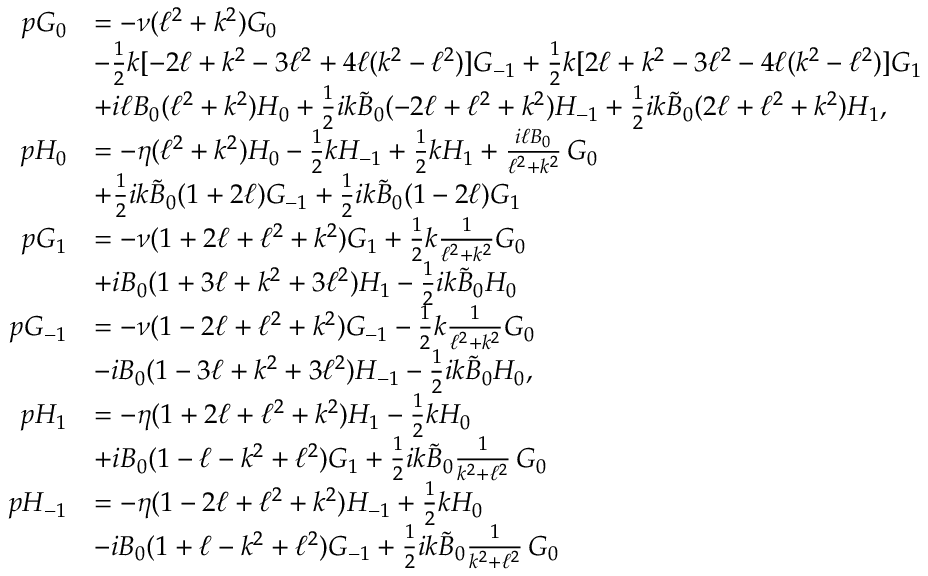
\begin{array} { r l } { p G _ { 0 } } & { = - \nu ( \ell ^ { 2 } + k ^ { 2 } ) G _ { 0 } } \\ & { - \frac { 1 } { 2 } { k } [ - 2 \ell + k ^ { 2 } - 3 \ell ^ { 2 } + 4 \ell ( k ^ { 2 } - \ell ^ { 2 } ) ] G _ { - 1 } + \frac { 1 } { 2 } { k } [ 2 \ell + k ^ { 2 } - 3 \ell ^ { 2 } - 4 \ell ( k ^ { 2 } - \ell ^ { 2 } ) ] G _ { 1 } } \\ & { + i \ell B _ { 0 } ( \ell ^ { 2 } + k ^ { 2 } ) H _ { 0 } + \frac { 1 } { 2 } i k \tilde { B } _ { 0 } ( - 2 \ell + \ell ^ { 2 } + k ^ { 2 } ) H _ { - 1 } + \frac { 1 } { 2 } i k \tilde { B } _ { 0 } ( 2 \ell + \ell ^ { 2 } + k ^ { 2 } ) H _ { 1 } , } \\ { p H _ { 0 } } & { = - \eta ( \ell ^ { 2 } + k ^ { 2 } ) H _ { 0 } - \frac { 1 } { 2 } { k } H _ { - 1 } + \frac { 1 } { 2 } { k } H _ { 1 } + \frac { i \ell B _ { 0 } } { \ell ^ { 2 } + k ^ { 2 } } \, G _ { 0 } } \\ & { + \frac { 1 } { 2 } i k \tilde { B } _ { 0 } ( 1 + 2 \ell ) G _ { - 1 } + \frac { 1 } { 2 } i k \tilde { B } _ { 0 } ( 1 - 2 \ell ) G _ { 1 } } \\ { p G _ { 1 } } & { = - \nu ( 1 + 2 \ell + \ell ^ { 2 } + k ^ { 2 } ) G _ { 1 } + \frac { 1 } { 2 } { k } \frac { 1 } { \ell ^ { 2 } + k ^ { 2 } } G _ { 0 } } \\ & { + i B _ { 0 } ( 1 + 3 \ell + k ^ { 2 } + 3 \ell ^ { 2 } ) H _ { 1 } - \frac { 1 } { 2 } i k \tilde { B } _ { 0 } H _ { 0 } } \\ { p G _ { - 1 } } & { = - \nu ( 1 - 2 \ell + \ell ^ { 2 } + k ^ { 2 } ) G _ { - 1 } - \frac { 1 } { 2 } { k } \frac { 1 } { \ell ^ { 2 } + k ^ { 2 } } G _ { 0 } } \\ & { - i B _ { 0 } ( 1 - 3 \ell + k ^ { 2 } + 3 \ell ^ { 2 } ) H _ { - 1 } - \frac { 1 } { 2 } i k \tilde { B } _ { 0 } H _ { 0 } , } \\ { p H _ { 1 } } & { = - \eta ( 1 + 2 \ell + \ell ^ { 2 } + k ^ { 2 } ) H _ { 1 } - \frac { 1 } { 2 } { k } H _ { 0 } } \\ & { + i B _ { 0 } ( 1 - \ell - k ^ { 2 } + \ell ^ { 2 } ) G _ { 1 } + \frac { 1 } { 2 } i k \tilde { B } _ { 0 } \frac { 1 } { k ^ { 2 } + \ell ^ { 2 } } \, G _ { 0 } } \\ { p H _ { - 1 } } & { = - \eta ( 1 - 2 \ell + \ell ^ { 2 } + k ^ { 2 } ) H _ { - 1 } + \frac { 1 } { 2 } { k } H _ { 0 } } \\ & { - i B _ { 0 } ( 1 + \ell - k ^ { 2 } + \ell ^ { 2 } ) G _ { - 1 } + \frac { 1 } { 2 } i k \tilde { B } _ { 0 } \frac { 1 } { k ^ { 2 } + \ell ^ { 2 } } \, G _ { 0 } } \end{array}